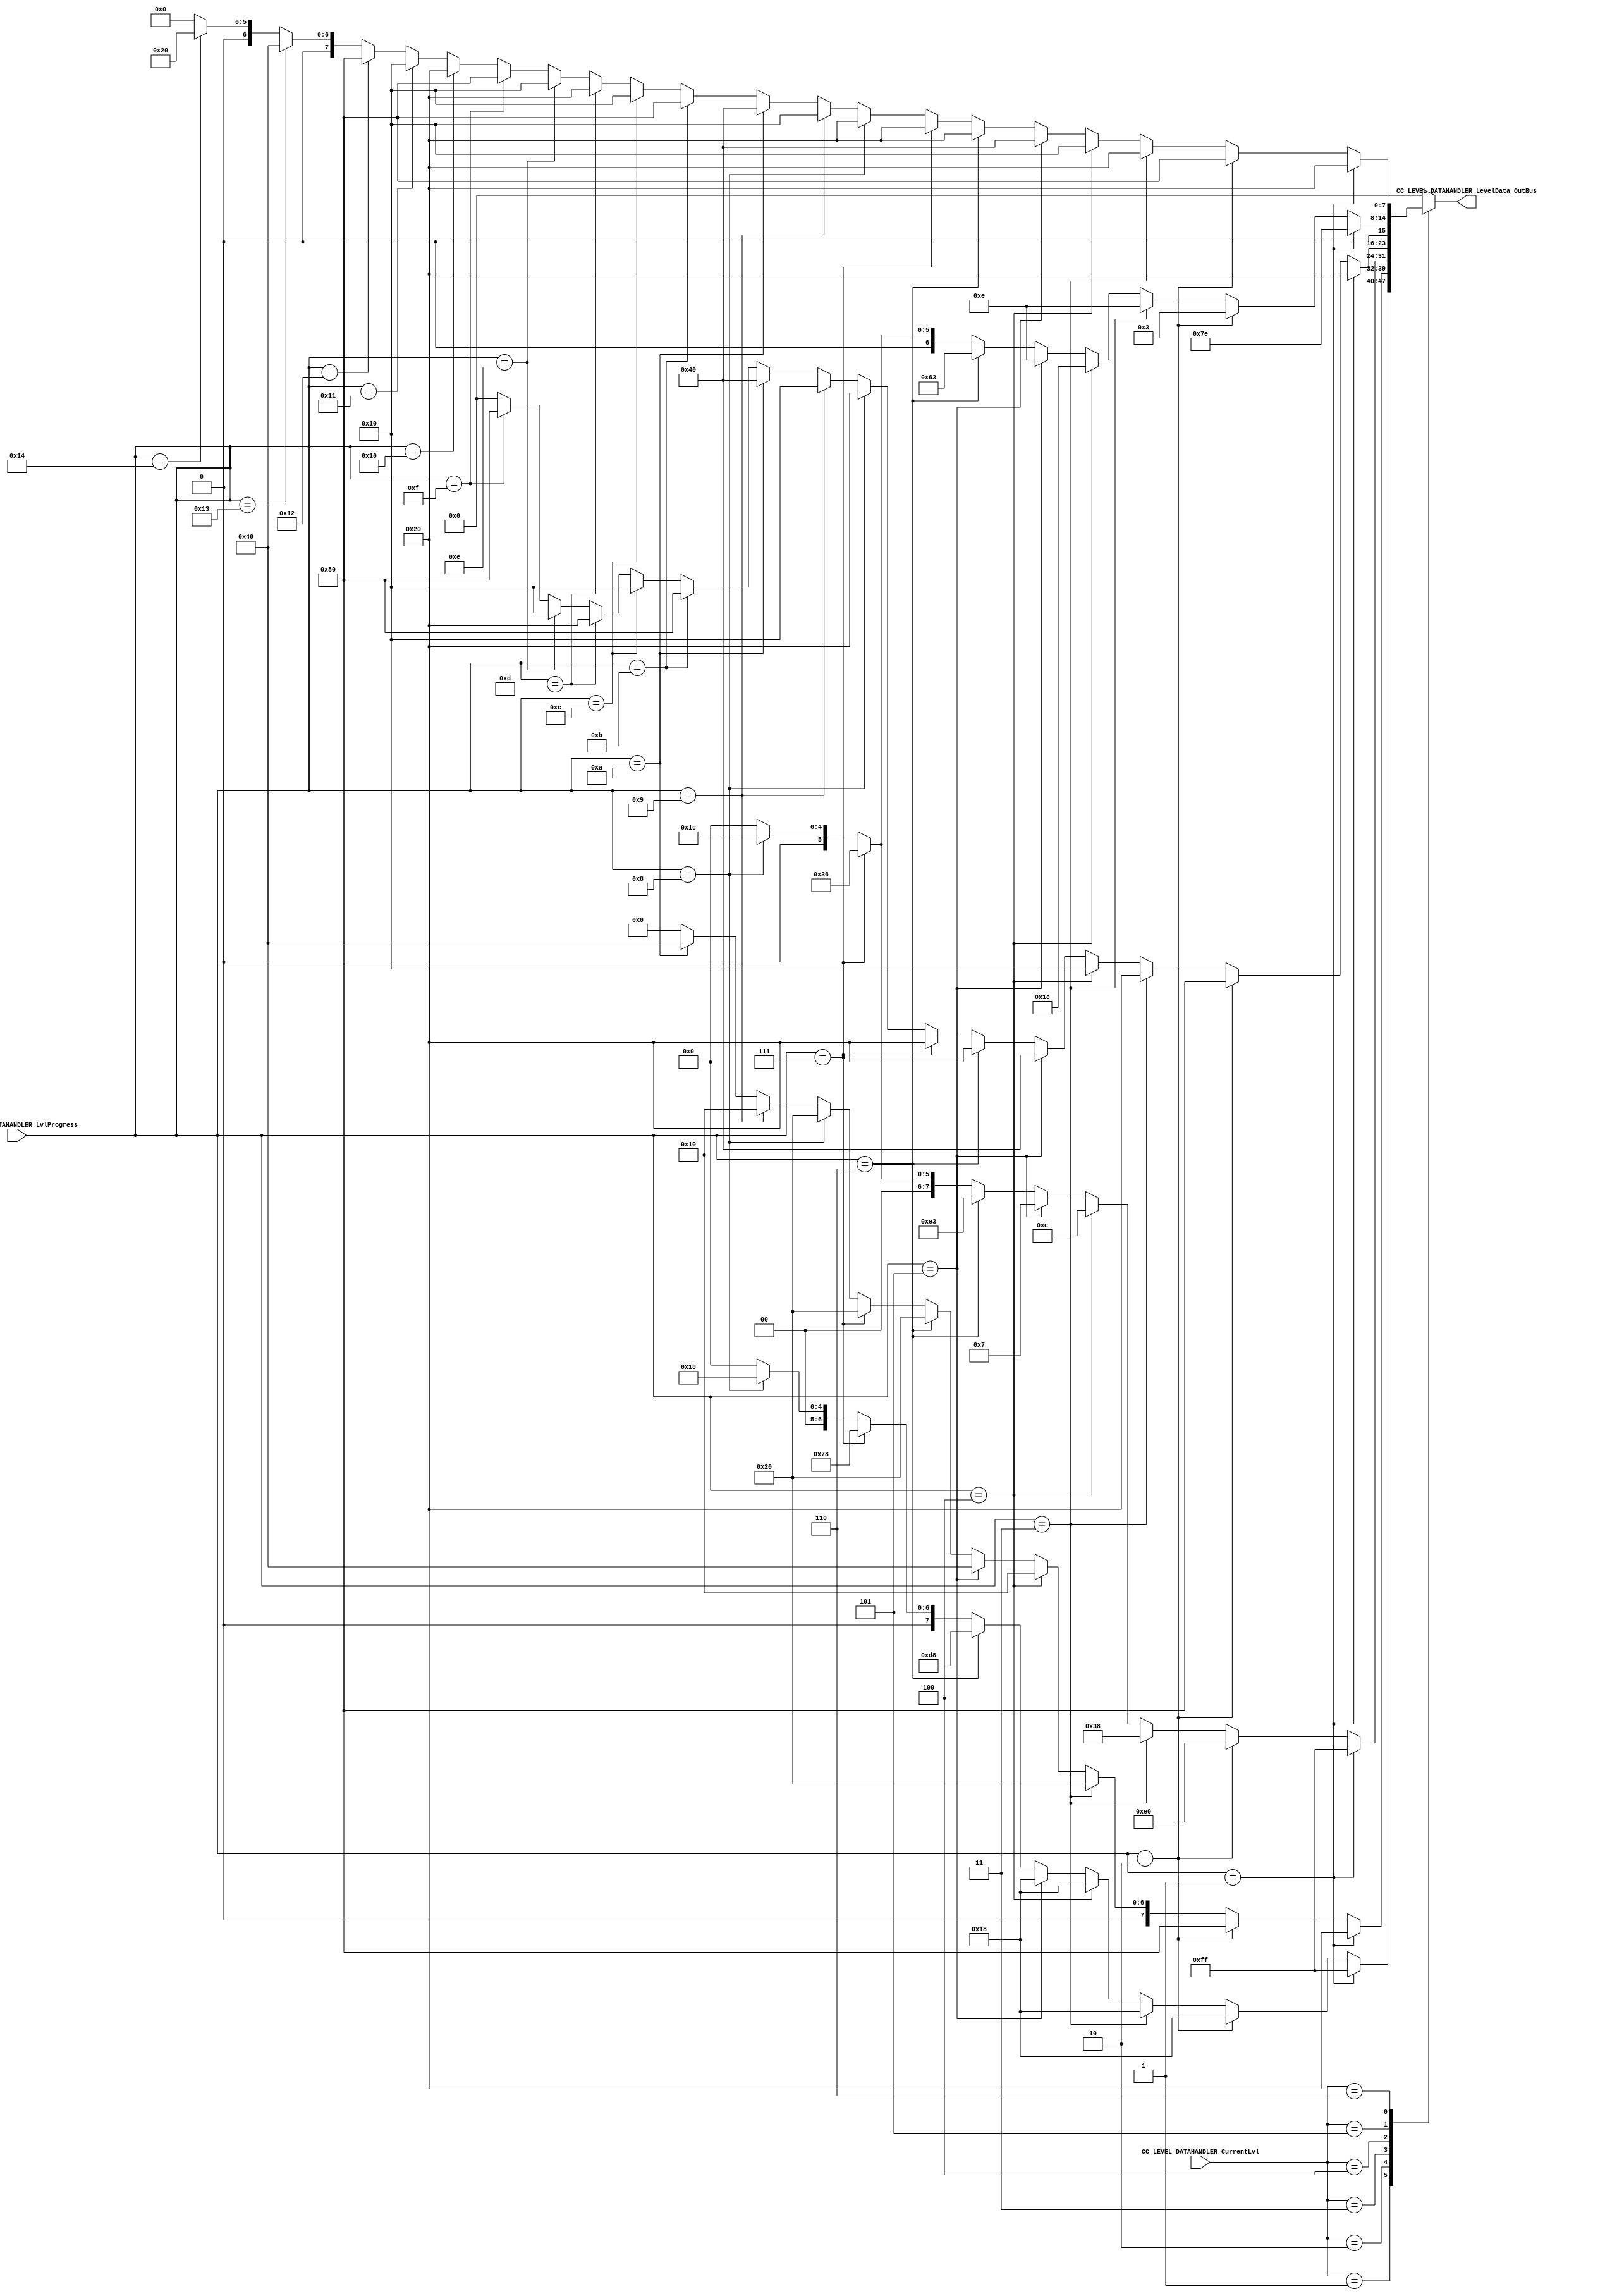
/*######################################################################
//#	G0B1T: HDL EXAMPLES. 2018.
//######################################################################
//# 
//# This program is free software: you can redistribute it and/or modify
//# it under the terms of the GNU General Public License as published by
//# the Free Software Foundation, version 3 of the License.
//#
//# This program is distributed in the hope that it will be useful,
//# but WITHOUT ANY WARRANTY; without even the implied warranty of
//# MERCHANTABILITY or FITNESS FOR A PARTICULAR PURPOSE.  See the
//# GNU General Public License for more details.
//#
//# You should have received a copy of the GNU General Public License
//# along with this program.  If not, see <http://www.gnu.org/licenses/>
//####################################################################*/
//=======================================================
//  MODULE Definition
//=======================================================

module CC_LEVEL_DATAHANDLER (
//////////// OUTPUTS //////////
	CC_LEVEL_DATAHANDLER_LevelData_OutBus,
		
//////////// INPUTS //////////
	CC_LEVEL_DATAHANDLER_LvlProgress,
	CC_LEVEL_DATAHANDLER_CurrentLvl

);

//=======================================================
//  PARAMETER declarations
//=======================================================

parameter LEVEL_DATAHANDLER_DATAWIDTH 			= 8;
parameter CURRENTLEVEL_DATAWIDTH					= 3;
parameter LEVELPROGRESS_DATAWIDTH				= 5;


//LEVEL 1
parameter DATALVL1_COUNT0   	= 8'b00100000;
parameter DATALVL1_COUNT1   	= 8'b10000000;
parameter DATALVL1_COUNT2   	= 8'b00100000;
parameter DATALVL1_COUNT3   	= 8'b00010000;
parameter DATALVL1_COUNT4   	= 8'b01000000;
parameter DATALVL1_COUNT5   	= 8'b00100000;
parameter DATALVL1_COUNT6   	= 8'b00100000;
parameter DATALVL1_COUNT7   	= 8'b00100000;
parameter DATALVL1_COUNT8   	= 8'b00010000;
parameter DATALVL1_COUNT9 	   = 8'b01000000;

//LEVEL 2
parameter DATALVL2_COUNT0   	= 8'b00100000;
parameter DATALVL2_COUNT1   	= 8'b10000000;
parameter DATALVL2_COUNT2   	= 8'b00100000;
parameter DATALVL2_COUNT3   	= 8'b00010000;
parameter DATALVL2_COUNT4   	= 8'b01000000;
parameter DATALVL2_COUNT5   	= 8'b00100000;
parameter DATALVL2_COUNT6   	= 8'b00100000;
parameter DATALVL2_COUNT7   	= 8'b00100000;
parameter DATALVL2_COUNT8   	= 8'b00010000;
parameter DATALVL2_COUNT9   	= 8'b01000000;
parameter DATALVL2_COUNT10   	= 8'b10000000;
parameter DATALVL2_COUNT11   	= 8'b00010000;
parameter DATALVL2_COUNT12   	= 8'b00100000;
parameter DATALVL2_COUNT13   	= 8'b00010000;
parameter DATALVL2_COUNT14   	= 8'b10000000;


//LEVEL 3
parameter DATALVL3_COUNT0   	= 8'b00100000;
parameter DATALVL3_COUNT1   	= 8'b10000000;
parameter DATALVL3_COUNT2   	= 8'b00100000;
parameter DATALVL3_COUNT3   	= 8'b00010000;
parameter DATALVL3_COUNT4   	= 8'b01000000;
parameter DATALVL3_COUNT5   	= 8'b00100000;
parameter DATALVL3_COUNT6   	= 8'b00100000;
parameter DATALVL3_COUNT7   	= 8'b00100000;
parameter DATALVL3_COUNT8   	= 8'b00010000;
parameter DATALVL3_COUNT9   	= 8'b01000000;
parameter DATALVL3_COUNT10   	= 8'b10000000;
parameter DATALVL3_COUNT11   	= 8'b00010000;
parameter DATALVL3_COUNT12   	= 8'b00100000;
parameter DATALVL3_COUNT13   	= 8'b00010000;
parameter DATALVL3_COUNT14   	= 8'b10000000;
parameter DATALVL3_COUNT15   	= 8'b00100000;
parameter DATALVL3_COUNT16   	= 8'b00010000;
parameter DATALVL3_COUNT17   	= 8'b10000000;
parameter DATALVL3_COUNT18   	= 8'b01000000;
parameter DATALVL3_COUNT19   	= 8'b00100000;

//imagen nivel 0 a 1
parameter DATALVL0toLVL1_COUNT0   = 8'b00011000;
parameter DATALVL0toLVL1_COUNT1   = 8'b01111000;
parameter DATALVL0toLVL1_COUNT2   = 8'b11011000;
parameter DATALVL0toLVL1_COUNT3   = 8'b00011000;
parameter DATALVL0toLVL1_COUNT4   = 8'b00011000;
parameter DATALVL0toLVL1_COUNT5   = 8'b00011000;
parameter DATALVL0toLVL1_COUNT6   = 8'b00011000;
parameter DATALVL0toLVL1_COUNT7   = 8'b11111111;


//imagen nivel 1 a 2

parameter DATALVL1toLVL2_COUNT0   = 8'b00011100;
parameter DATALVL1toLVL2_COUNT1   = 8'b00110110;
parameter DATALVL1toLVL2_COUNT2   = 8'b11100011;
parameter DATALVL1toLVL2_COUNT3   = 8'b00000111;
parameter DATALVL1toLVL2_COUNT4 	 = 8'b00001110;
parameter DATALVL1toLVL2_COUNT5   = 8'b00111000;
parameter DATALVL1toLVL2_COUNT6   = 8'b11100000;
parameter DATALVL1toLVL2_COUNT7 	 = 8'b11111111;



//imagen nivel 2 a 3
parameter DATALVL2toLVL3_COUNT0   = 8'b00011100;
parameter DATALVL2toLVL3_COUNT1   = 8'b00110110;
parameter DATALVL2toLVL3_COUNT2   = 8'b01100011;
parameter DATALVL2toLVL3_COUNT3   = 8'b00001110;
parameter DATALVL2toLVL3_COUNT4   = 8'b00011100;
parameter DATALVL2toLVL3_COUNT5   = 8'b00001110;
parameter DATALVL2toLVL3_COUNT6   = 8'b00000011;
parameter DATALVL2toLVL3_COUNT7   = 8'b01111110;




//=======================================================
//  PORT declarations
//=======================================================
output reg [LEVEL_DATAHANDLER_DATAWIDTH-1:0]	CC_LEVEL_DATAHANDLER_LevelData_OutBus;

	
input		  [LEVELPROGRESS_DATAWIDTH-1:0]	 	CC_LEVEL_DATAHANDLER_LvlProgress;
input 	  [CURRENTLEVEL_DATAWIDTH-1:0]		CC_LEVEL_DATAHANDLER_CurrentLvl;

//=======================================================
//  REG/WIRE declarations
//=======================================================


//=======================================================
//  Structural coding
//=======================================================
always @(*)
begin
	case (CC_LEVEL_DATAHANDLER_CurrentLvl)
	
	1: begin
			if(CC_LEVEL_DATAHANDLER_LvlProgress == 1) CC_LEVEL_DATAHANDLER_LevelData_OutBus 			= DATALVL0toLVL1_COUNT7;
			else if(CC_LEVEL_DATAHANDLER_LvlProgress == 2) CC_LEVEL_DATAHANDLER_LevelData_OutBus 	= DATALVL0toLVL1_COUNT6;
			else if(CC_LEVEL_DATAHANDLER_LvlProgress == 3) CC_LEVEL_DATAHANDLER_LevelData_OutBus 	= DATALVL0toLVL1_COUNT5;
			else if(CC_LEVEL_DATAHANDLER_LvlProgress == 4) CC_LEVEL_DATAHANDLER_LevelData_OutBus 	= DATALVL0toLVL1_COUNT4;
			else if(CC_LEVEL_DATAHANDLER_LvlProgress == 5) CC_LEVEL_DATAHANDLER_LevelData_OutBus 	= DATALVL0toLVL1_COUNT3;
			else if(CC_LEVEL_DATAHANDLER_LvlProgress == 6) CC_LEVEL_DATAHANDLER_LevelData_OutBus 	= DATALVL0toLVL1_COUNT2;
			else if(CC_LEVEL_DATAHANDLER_LvlProgress == 7) CC_LEVEL_DATAHANDLER_LevelData_OutBus 	= DATALVL0toLVL1_COUNT1;
			else if(CC_LEVEL_DATAHANDLER_LvlProgress == 8) CC_LEVEL_DATAHANDLER_LevelData_OutBus 	= DATALVL0toLVL1_COUNT0;
			else CC_LEVEL_DATAHANDLER_LevelData_OutBus = 0;
		end
	2: begin
			if(CC_LEVEL_DATAHANDLER_LvlProgress == 1) CC_LEVEL_DATAHANDLER_LevelData_OutBus 			= DATALVL1_COUNT0;
			else if (CC_LEVEL_DATAHANDLER_LvlProgress == 2) CC_LEVEL_DATAHANDLER_LevelData_OutBus 	= DATALVL1_COUNT1;
			else if (CC_LEVEL_DATAHANDLER_LvlProgress == 3) CC_LEVEL_DATAHANDLER_LevelData_OutBus 	= DATALVL1_COUNT2;
			else if (CC_LEVEL_DATAHANDLER_LvlProgress == 4) CC_LEVEL_DATAHANDLER_LevelData_OutBus 	= DATALVL1_COUNT3;
			else if (CC_LEVEL_DATAHANDLER_LvlProgress == 5) CC_LEVEL_DATAHANDLER_LevelData_OutBus 	= DATALVL1_COUNT4;
			else if (CC_LEVEL_DATAHANDLER_LvlProgress == 6) CC_LEVEL_DATAHANDLER_LevelData_OutBus 	= DATALVL1_COUNT5;
			else if (CC_LEVEL_DATAHANDLER_LvlProgress == 7) CC_LEVEL_DATAHANDLER_LevelData_OutBus 	= DATALVL1_COUNT6;
			else if (CC_LEVEL_DATAHANDLER_LvlProgress == 8) CC_LEVEL_DATAHANDLER_LevelData_OutBus 	= DATALVL1_COUNT7;
			else if (CC_LEVEL_DATAHANDLER_LvlProgress == 9) CC_LEVEL_DATAHANDLER_LevelData_OutBus 	= DATALVL1_COUNT8;
			else if (CC_LEVEL_DATAHANDLER_LvlProgress == 10) CC_LEVEL_DATAHANDLER_LevelData_OutBus = DATALVL1_COUNT9;
			else CC_LEVEL_DATAHANDLER_LevelData_OutBus = 0;
		end
	3: begin
			if(CC_LEVEL_DATAHANDLER_LvlProgress == 1) CC_LEVEL_DATAHANDLER_LevelData_OutBus 			= DATALVL1toLVL2_COUNT7;
			else if(CC_LEVEL_DATAHANDLER_LvlProgress == 2) CC_LEVEL_DATAHANDLER_LevelData_OutBus 	= DATALVL1toLVL2_COUNT6;
			else if(CC_LEVEL_DATAHANDLER_LvlProgress == 3) CC_LEVEL_DATAHANDLER_LevelData_OutBus 	= DATALVL1toLVL2_COUNT5;
			else if(CC_LEVEL_DATAHANDLER_LvlProgress == 4) CC_LEVEL_DATAHANDLER_LevelData_OutBus 	= DATALVL1toLVL2_COUNT4;
			else if(CC_LEVEL_DATAHANDLER_LvlProgress == 5) CC_LEVEL_DATAHANDLER_LevelData_OutBus 	= DATALVL1toLVL2_COUNT3;
			else if(CC_LEVEL_DATAHANDLER_LvlProgress == 6) CC_LEVEL_DATAHANDLER_LevelData_OutBus 	= DATALVL1toLVL2_COUNT2;
			else if(CC_LEVEL_DATAHANDLER_LvlProgress == 7) CC_LEVEL_DATAHANDLER_LevelData_OutBus 	= DATALVL1toLVL2_COUNT1;
			else if(CC_LEVEL_DATAHANDLER_LvlProgress == 8) CC_LEVEL_DATAHANDLER_LevelData_OutBus 	= DATALVL1toLVL2_COUNT0;
			else CC_LEVEL_DATAHANDLER_LevelData_OutBus = 0;
		end
		
	4: begin
			if(CC_LEVEL_DATAHANDLER_LvlProgress == 1) CC_LEVEL_DATAHANDLER_LevelData_OutBus 			= DATALVL2_COUNT0;
			else if (CC_LEVEL_DATAHANDLER_LvlProgress == 2) CC_LEVEL_DATAHANDLER_LevelData_OutBus 	= DATALVL2_COUNT1;
			else if (CC_LEVEL_DATAHANDLER_LvlProgress == 3) CC_LEVEL_DATAHANDLER_LevelData_OutBus 	= DATALVL2_COUNT2;
			else if (CC_LEVEL_DATAHANDLER_LvlProgress == 4) CC_LEVEL_DATAHANDLER_LevelData_OutBus 	= DATALVL2_COUNT3;
			else if (CC_LEVEL_DATAHANDLER_LvlProgress == 5) CC_LEVEL_DATAHANDLER_LevelData_OutBus 	= DATALVL2_COUNT4;
			else if (CC_LEVEL_DATAHANDLER_LvlProgress == 6) CC_LEVEL_DATAHANDLER_LevelData_OutBus 	= DATALVL2_COUNT5;
			else if (CC_LEVEL_DATAHANDLER_LvlProgress == 7) CC_LEVEL_DATAHANDLER_LevelData_OutBus 	= DATALVL2_COUNT6;
			else if (CC_LEVEL_DATAHANDLER_LvlProgress == 8) CC_LEVEL_DATAHANDLER_LevelData_OutBus 	= DATALVL2_COUNT7;
			else if (CC_LEVEL_DATAHANDLER_LvlProgress == 9) CC_LEVEL_DATAHANDLER_LevelData_OutBus 	= DATALVL2_COUNT8;
			else if (CC_LEVEL_DATAHANDLER_LvlProgress == 10) CC_LEVEL_DATAHANDLER_LevelData_OutBus = DATALVL2_COUNT9;
			else if (CC_LEVEL_DATAHANDLER_LvlProgress == 11) CC_LEVEL_DATAHANDLER_LevelData_OutBus = DATALVL2_COUNT10;
			else if (CC_LEVEL_DATAHANDLER_LvlProgress == 12) CC_LEVEL_DATAHANDLER_LevelData_OutBus = DATALVL2_COUNT11;
			else if (CC_LEVEL_DATAHANDLER_LvlProgress == 13) CC_LEVEL_DATAHANDLER_LevelData_OutBus = DATALVL2_COUNT12;
			else if (CC_LEVEL_DATAHANDLER_LvlProgress == 14) CC_LEVEL_DATAHANDLER_LevelData_OutBus = DATALVL2_COUNT13;
			else if (CC_LEVEL_DATAHANDLER_LvlProgress == 15) CC_LEVEL_DATAHANDLER_LevelData_OutBus = DATALVL2_COUNT14;
			else CC_LEVEL_DATAHANDLER_LevelData_OutBus = 0;
		end
		
	5: begin
			if(CC_LEVEL_DATAHANDLER_LvlProgress == 1) CC_LEVEL_DATAHANDLER_LevelData_OutBus 			= DATALVL2toLVL3_COUNT7;
			else if(CC_LEVEL_DATAHANDLER_LvlProgress == 2) CC_LEVEL_DATAHANDLER_LevelData_OutBus 	= DATALVL2toLVL3_COUNT6;
			else if(CC_LEVEL_DATAHANDLER_LvlProgress == 3) CC_LEVEL_DATAHANDLER_LevelData_OutBus 	= DATALVL2toLVL3_COUNT5;
			else if(CC_LEVEL_DATAHANDLER_LvlProgress == 4) CC_LEVEL_DATAHANDLER_LevelData_OutBus 	= DATALVL2toLVL3_COUNT4;
			else if(CC_LEVEL_DATAHANDLER_LvlProgress == 5) CC_LEVEL_DATAHANDLER_LevelData_OutBus 	= DATALVL2toLVL3_COUNT3;
			else if(CC_LEVEL_DATAHANDLER_LvlProgress == 6) CC_LEVEL_DATAHANDLER_LevelData_OutBus 	= DATALVL2toLVL3_COUNT2;
			else if(CC_LEVEL_DATAHANDLER_LvlProgress == 7) CC_LEVEL_DATAHANDLER_LevelData_OutBus 	= DATALVL2toLVL3_COUNT1;
			else if(CC_LEVEL_DATAHANDLER_LvlProgress == 8) CC_LEVEL_DATAHANDLER_LevelData_OutBus 	= DATALVL2toLVL3_COUNT0;
			else CC_LEVEL_DATAHANDLER_LevelData_OutBus = 0;
		end
		
	6: begin
			if(CC_LEVEL_DATAHANDLER_LvlProgress == 1) CC_LEVEL_DATAHANDLER_LevelData_OutBus 			= DATALVL3_COUNT0;
			else if (CC_LEVEL_DATAHANDLER_LvlProgress == 2) CC_LEVEL_DATAHANDLER_LevelData_OutBus 	= DATALVL3_COUNT1;
			else if (CC_LEVEL_DATAHANDLER_LvlProgress == 3) CC_LEVEL_DATAHANDLER_LevelData_OutBus 	= DATALVL3_COUNT2;
			else if (CC_LEVEL_DATAHANDLER_LvlProgress == 4) CC_LEVEL_DATAHANDLER_LevelData_OutBus 	= DATALVL3_COUNT3;
			else if (CC_LEVEL_DATAHANDLER_LvlProgress == 5) CC_LEVEL_DATAHANDLER_LevelData_OutBus 	= DATALVL3_COUNT4;
			else if (CC_LEVEL_DATAHANDLER_LvlProgress == 6) CC_LEVEL_DATAHANDLER_LevelData_OutBus 	= DATALVL3_COUNT5;
			else if (CC_LEVEL_DATAHANDLER_LvlProgress == 7) CC_LEVEL_DATAHANDLER_LevelData_OutBus 	= DATALVL3_COUNT6;
			else if (CC_LEVEL_DATAHANDLER_LvlProgress == 8) CC_LEVEL_DATAHANDLER_LevelData_OutBus 	= DATALVL3_COUNT7;
			else if (CC_LEVEL_DATAHANDLER_LvlProgress == 9) CC_LEVEL_DATAHANDLER_LevelData_OutBus 	= DATALVL3_COUNT8;
			else if (CC_LEVEL_DATAHANDLER_LvlProgress == 10) CC_LEVEL_DATAHANDLER_LevelData_OutBus = DATALVL3_COUNT9;
			else if (CC_LEVEL_DATAHANDLER_LvlProgress == 11) CC_LEVEL_DATAHANDLER_LevelData_OutBus = DATALVL3_COUNT10;
			else if (CC_LEVEL_DATAHANDLER_LvlProgress == 12) CC_LEVEL_DATAHANDLER_LevelData_OutBus = DATALVL3_COUNT11;
			else if (CC_LEVEL_DATAHANDLER_LvlProgress == 13) CC_LEVEL_DATAHANDLER_LevelData_OutBus = DATALVL3_COUNT12;
			else if (CC_LEVEL_DATAHANDLER_LvlProgress == 14) CC_LEVEL_DATAHANDLER_LevelData_OutBus = DATALVL3_COUNT13;
			else if (CC_LEVEL_DATAHANDLER_LvlProgress == 15) CC_LEVEL_DATAHANDLER_LevelData_OutBus = DATALVL3_COUNT14;
			else if (CC_LEVEL_DATAHANDLER_LvlProgress == 16) CC_LEVEL_DATAHANDLER_LevelData_OutBus = DATALVL3_COUNT15;
			else if (CC_LEVEL_DATAHANDLER_LvlProgress == 17) CC_LEVEL_DATAHANDLER_LevelData_OutBus = DATALVL3_COUNT16;
			else if (CC_LEVEL_DATAHANDLER_LvlProgress == 18) CC_LEVEL_DATAHANDLER_LevelData_OutBus = DATALVL3_COUNT17;
			else if (CC_LEVEL_DATAHANDLER_LvlProgress == 19) CC_LEVEL_DATAHANDLER_LevelData_OutBus = DATALVL3_COUNT18;
			else if (CC_LEVEL_DATAHANDLER_LvlProgress == 20) CC_LEVEL_DATAHANDLER_LevelData_OutBus = DATALVL3_COUNT19;
			else CC_LEVEL_DATAHANDLER_LevelData_OutBus = 0;
		end
	default: CC_LEVEL_DATAHANDLER_LevelData_OutBus = 0;
	endcase

end

endmodule